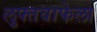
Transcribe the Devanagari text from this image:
लुफ्तवाफेला